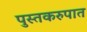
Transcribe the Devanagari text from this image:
पुस्तकरुपात